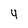
Character: 4